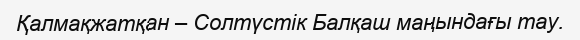
Қалмақжатқан – Солтүстік Балқаш маңындағы тау.